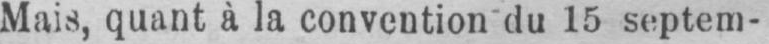
Mais, quant à la convention du 15 septem-